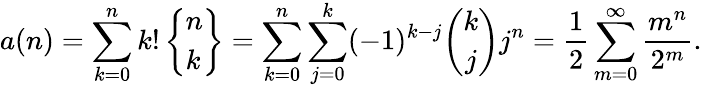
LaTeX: a(n)=\sum_{k=0}^{n}k!\left\{ {\begin{array}{l}{n}\\ {k}\end{array}}\right\} =\sum_{k=0}^{n}\sum_{j=0}^{k}(-1)^{k-j}{\binom{k}{j}}j^{n}={\frac{1}{2}}\sum_{m=0}^{\infty}{\frac{m^{n}}{2^{m}}}.